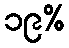
၁၉%